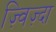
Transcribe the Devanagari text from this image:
ज़्विज़्दा